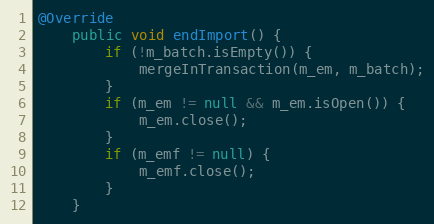
Language: Java
@Override
    public void endImport() {
        if (!m_batch.isEmpty()) {
            mergeInTransaction(m_em, m_batch);
        }
        if (m_em != null && m_em.isOpen()) {
            m_em.close();
        }
        if (m_emf != null) {
            m_emf.close();
        }
    }